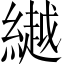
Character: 𦅲